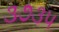
૩૭૩૫